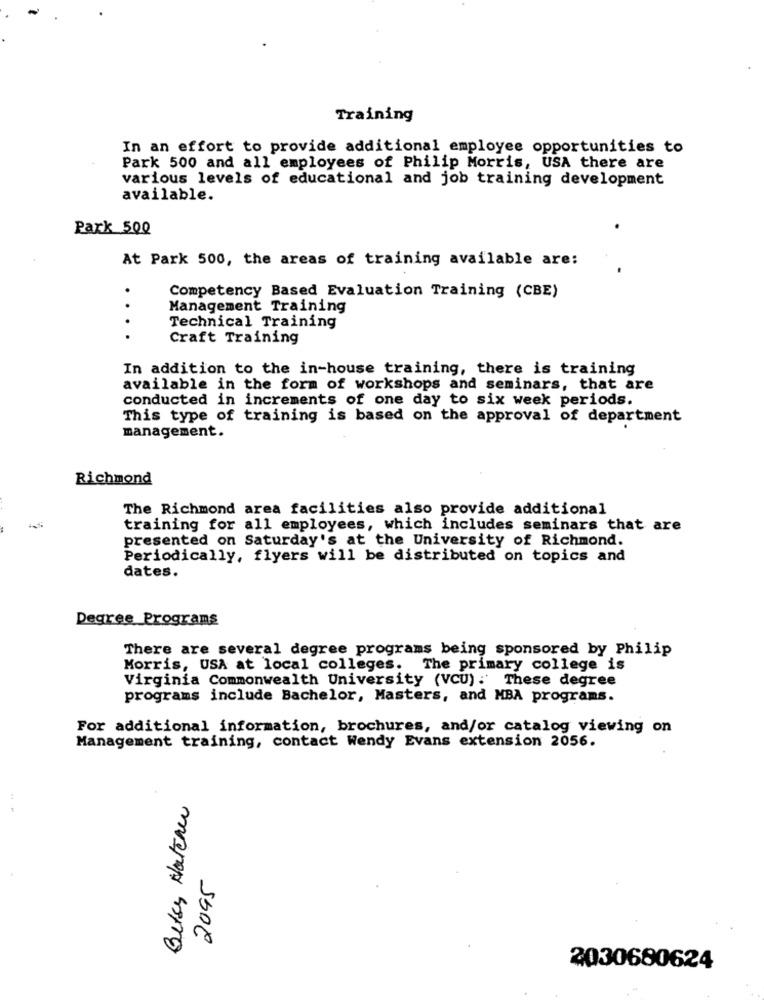
Training
In an effort to provide additional employee opportunities to
Park 500 and all employees of Philip Morris, USA there are
various levels of educational and job training development
available.
Park 500
At Park 500, the areas of training available are:
Competency Based Evaluation Training (CBE)
Management Training
Technical Training
Craft Training
In addition to the in-house training, there is training
available in the form of workshops and seminars, that are
conducted in increments of one day to six week periods.
This type of training is based on the approval of department
management.
Richmond
The Richmond area facilities also provide additional
training for all employees, which includes seminars that are
presented on Saturday's at the University of Richmond.
Periodically, flyers will be distributed on topics and
dates.
Degree Programs
There are several degree programs being sponsored by Philip
Morris, USA at local colleges. The primary college is
Virginia Commonwealth University (VCU): These degree
programs include Bachelor, Masters, and MBA programs.
For additional information, brochures, and/or catalog viewing on
Management training, contact Wendy Evans extension 2056.
Betsy Hatche
2095
2030680624